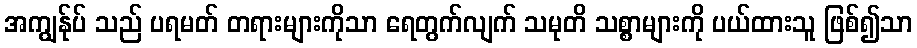
အကျွန်ုပ် သည် ပရမတ် တရားများကိုသာ ရေတွက်လျက် သမုတိ သစ္စာများကို ပယ်ထားသူ ဖြစ်၍သာ